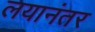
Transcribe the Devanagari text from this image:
लयानंतर